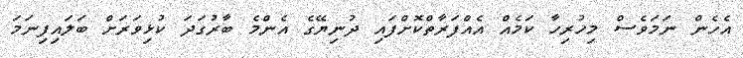
އެހެން ނަމަވެސް މިހުރިހާ ކަމެއް އެއްފަރާތްކޮށްފައި ދުނިޔޭގެ އެންމެ ބާރުގަދަ ކުޅިވަރަށް ބަލައިފިނަމަ